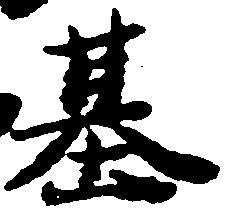
基